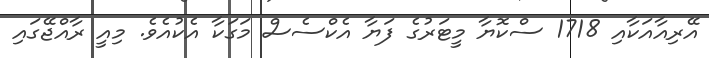
އޭރިއާއަކާއި 1718 ސްކޮޔާ މީޓަރުގެ ފަޔާ އެކްސެސް މަގަކާ އެކުއެވެ. މިއީ ރާއްޖޭގައި